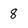
Character: 8